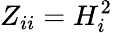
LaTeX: Z_{ii}=H_{i}^{2}